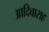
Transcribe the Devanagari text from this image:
आदिवाराह